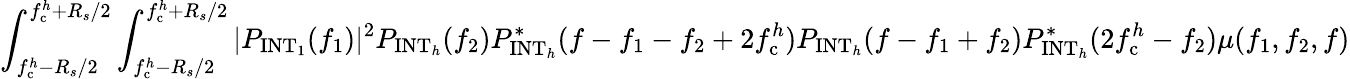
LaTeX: \int_{f_{\mathrm{c}}^{h}-R_{s}/2}^{f_{\mathrm{c}}^{h}+R_{s}/2}\int_{f_{\mathrm{c}}^{h}-R_{s}/2}^{f_{\mathrm{c}}^{h}+R_{s}/2}|P_{\mathrm{INT}_{1}}(f_{1})|^{2}P_{\mathrm{INT}_{h}}(f_{2})P_{\mathrm{INT}_{h}}^{\ast}(f-f_{1}-f_{2}+2f_{\mathrm{c}}^{h})P_{\mathrm{INT}_{h}}(f-f_{1}+f_{2})P_{\mathrm{INT}_{h}}^{\ast}(2f_{\mathrm{c}}^{h}-f_{2})\mu(f_{1},f_{2},f)